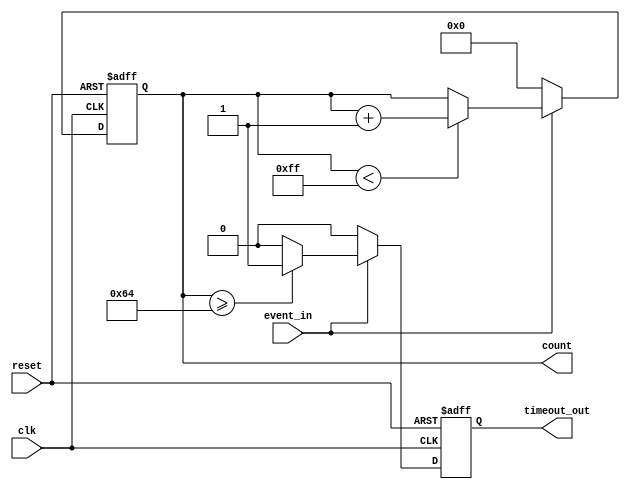
module timeout_counter #(
    parameter COUNTER_WIDTH = 8, // Width of the counter
    parameter TIMEOUT_THRESHOLD = 100 // Time-out threshold value
)(
    input wire clk,               // Clock signal
    input wire reset,             // Reset signal
    input wire event_in,          // Event signal
    output reg [COUNTER_WIDTH-1:0] count, // Counter value
    output reg timeout_out        // Time-out signal
);

    // Initialize the counter and timeout signal
    initial begin
        count = 0;
        timeout_out = 0;
    end

    // Synchronous process for counter operation
    always @(posedge clk or posedge reset) begin
        if (reset) begin
            // Reset the counter and timeout signal
            count <= 0;
            timeout_out <= 0;
        end else if (event_in) begin
            // Increment the counter if event is active
            if (count < (1 << COUNTER_WIDTH) - 1) begin
                count <= count + 1;
            end
            
            // Check for timeout condition
            if (count >= TIMEOUT_THRESHOLD) begin
                timeout_out <= 1; // Assert timeout signal
            end else begin
                timeout_out <= 0; // Deassert timeout signal
            end
        end else begin
            // Reset the counter when event is inactive
            count <= 0;
            timeout_out <= 0; // Deassert timeout signal
        end
    end

endmodule